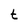
Character: t